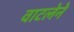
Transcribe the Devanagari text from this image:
वाटलेने